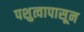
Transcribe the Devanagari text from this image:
पशुत्वापासून